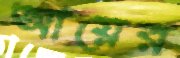
আয়ের